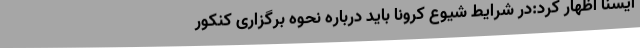
ایسنا اظهار کرد:در شرایط شیوع کرونا باید درباره نحوه برگزاری کنکور